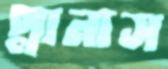
প্লানাস